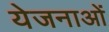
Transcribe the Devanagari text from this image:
येजनाओं